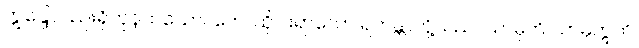
ဣန္ဒြေလည်းရှိကုန်ထသော။ တေ၊ ထိုငါးရာသော ရဟန္တာတို့သည်။ သာဓုတိ သာဓုဣတိ၊